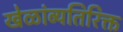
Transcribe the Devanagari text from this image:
खेळांव्यतिरिक्त